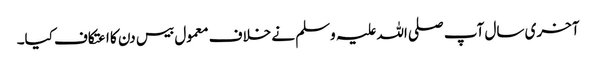
آخری سال آپ صلی اللہ علیہ وسلم نے خلاف معمول بیس دن کا اعتکاف کیا۔